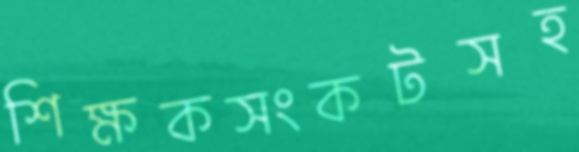
শিক্ষকসংকটসহ